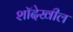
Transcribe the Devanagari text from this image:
शॉदेखील